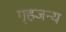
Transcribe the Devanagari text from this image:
गृहजन्य